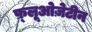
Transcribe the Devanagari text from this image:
फ़्लूओज़ेटीन